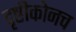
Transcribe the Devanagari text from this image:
दृष्टीकोनच